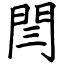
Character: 閆